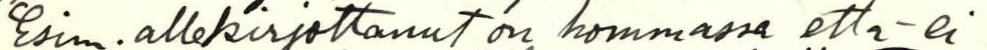
Esim. allekirjoittanut on hommassa että ei